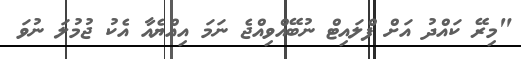
"މިރޭ ކައްދު އަށް ފްލައިޓް ނުބޭއްވިއްޖެ ނަމަ އިއްޔެއާ އެކު ޖުމުލަ ނުވަ